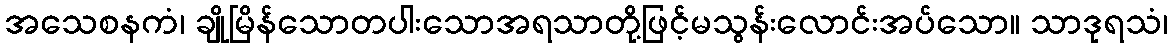
အသေစနကံ၊ ချိုမြိန်သောတပါးသောအရသာတို့ဖြင့်မသွန်းလောင်းအပ်သော။ သာဒုရသံ၊